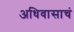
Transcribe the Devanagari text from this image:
अधिवासाचं